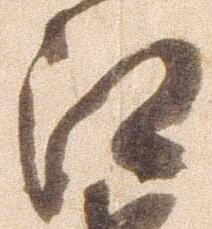
江